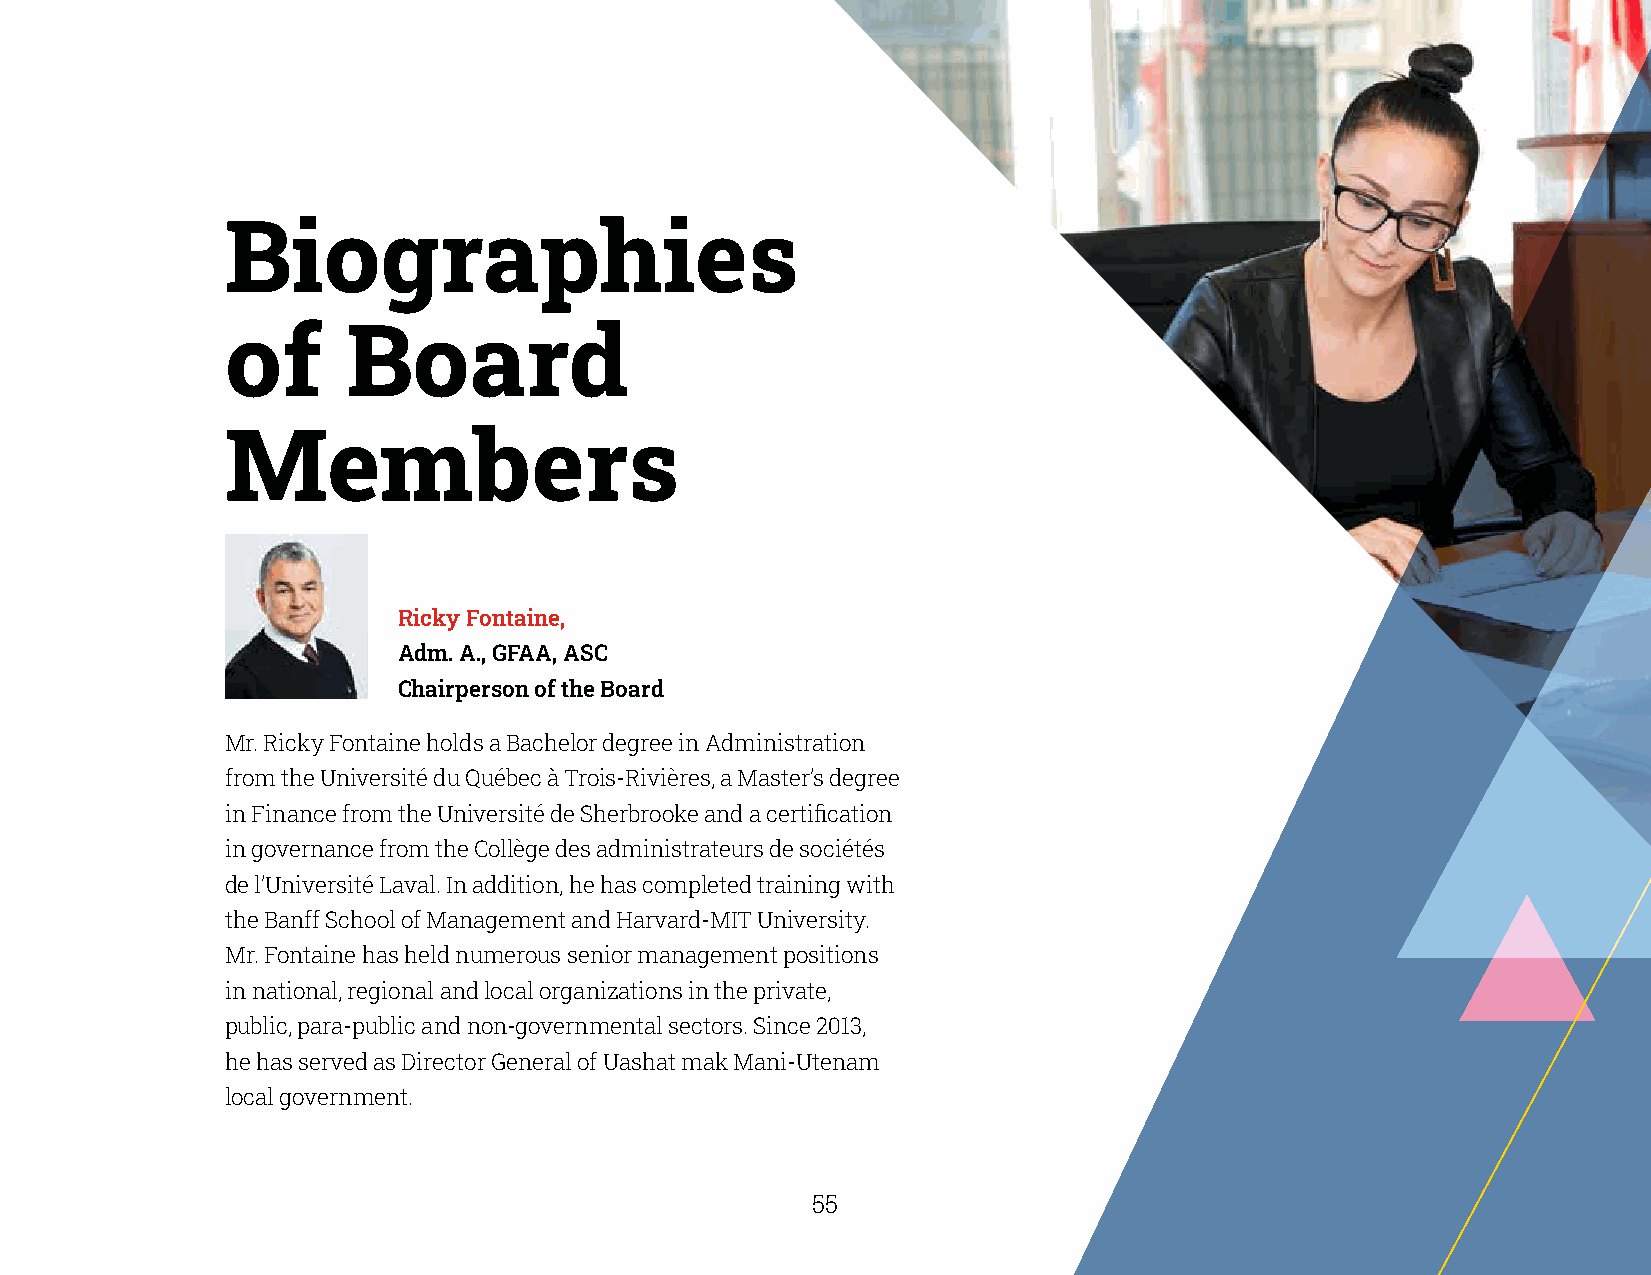
Biographies
 of      Board
 Members
 Ricky Fontaine,
 Adm. A., GFAA, ASC
 Chairperson of the Board
 Mr. Ricky Fontaine holds a Bachelor degree in Administration
 from the Université du Québec à Trois-Rivières, a Master’s degree
 in Finance from the Université de Sherbrooke and a certification
 in governance from the Collège des administrateurs de sociétés
 de l’Université Laval. In addition, he has completed training with
 the Banff School of Management and Harvard-MIT University.
 Mr. Fontaine has held numerous senior management positions
 in national, regional and local organizations in the private,
 public, para-public and non-governmental sectors. Since 2013,
 he has served as Director General of Uashat mak Mani-Utenam
 local government.
 54                                                    55